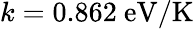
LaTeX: k=0.862~\mathrm{eV/K}